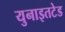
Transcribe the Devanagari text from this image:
युनाइतटेड